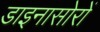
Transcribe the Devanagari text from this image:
डाइनासोरों